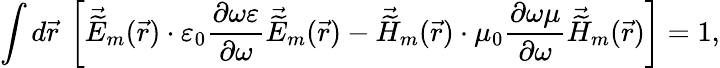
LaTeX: \int d\vec{r}\: \left[\vec{\widetilde{E}}_{m}(\vec{r})\cdot\varepsilon_{0}\frac{\partial\omega\varepsilon}{\partial\omega}\vec{\widetilde{E}}_{m}(\vec{r})-\vec{\widetilde{H}}_{m}(\vec{r})\cdot\mu_{0}\frac{\partial\omega\mu}{\partial\omega}\vec{\widetilde{H}}_{m}(\vec{r})\right]=1,